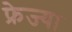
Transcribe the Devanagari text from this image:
फ्रेज्या